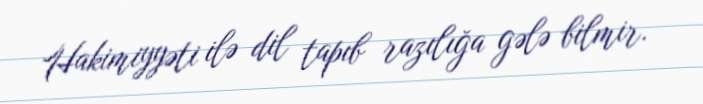
Hakimiyyəti ilə dil tapıb razılığa gələ bilmir.